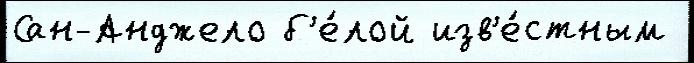
Сан-Анджело б'е́лой изв'е́стным